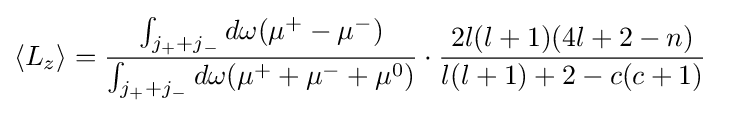
{\begin{aligned}\langle L_{z}\rangle &={\frac {\int _{j_{+}+j_{-}}d\omega (\mu ^{+}-\mu ^{-})}{\int _{j_{+}+j_{-}}d\omega {(\mu ^{+}+\mu ^{-}+\mu ^{0})}}}\cdot {\frac {2l(l+1)(4l+2-n)}{l(l+1)+2-c(c+1)}}\end{aligned}}